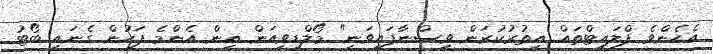
އެހެންވެ ފްލައިޓްތައް އިތުރުކުރަން ވިސްނާފައިވަނީ" މޯލްޑިވިއަން އިން އެންމެ ފަހުން ގެނައި ބޯޓު